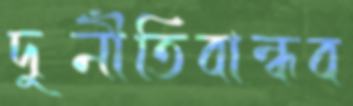
দুর্নীতিবান্ধব